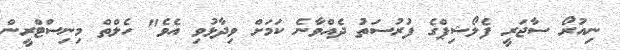
ނިއުރޯ ސާޖަރީ ފެލޯޝިޕްގެ ފުރުސަތު ދެއްވާނެ ކަމަށް ވިދާޅުވި އެވެ" ހެލްތް މިނިސްޓްރީން